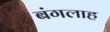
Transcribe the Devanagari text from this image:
बंगलाह